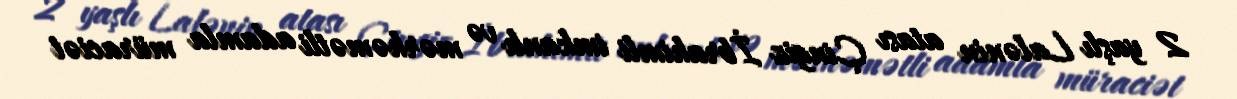
2 yaşlı Lalənin atası Çingiz İbrahimli imkanlı və mərhəmətli adamla müraciət